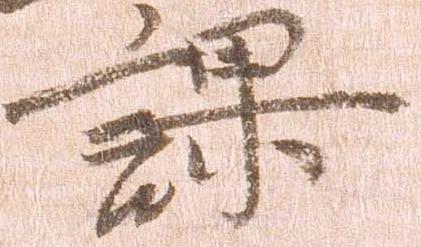
課